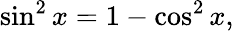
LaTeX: \sin^{2}x=1-\cos^{2}x,